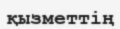
қызметтің